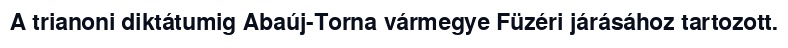
A trianoni diktátumig Abaúj-Torna vármegye Füzéri járásához tartozott.